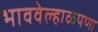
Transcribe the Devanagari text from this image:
भाववेल्हाळपणा